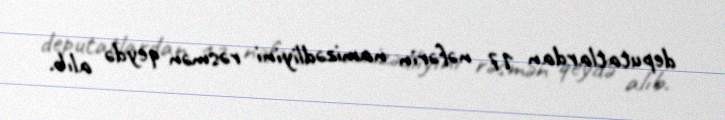
deputatlardan 17 nəfərin namizədliyini rəsmən qeydə alıb.